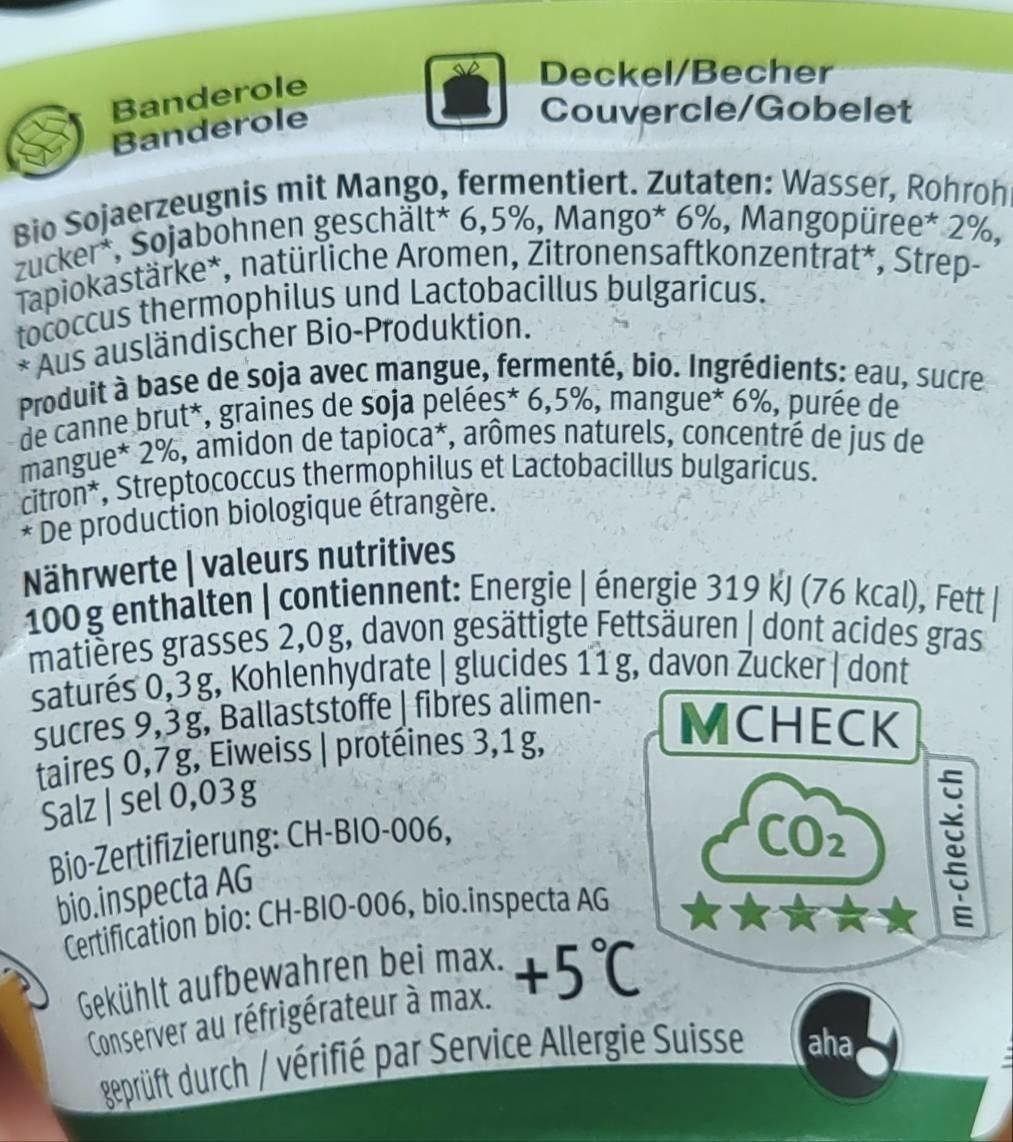
Tapiokastärke*, natürliche Aromen, Zitronensaftkonzentrat*, Strep- zucker*, Sojabohnen geschält* 6,5%, Mango* 6%, Mangopüree* 2%, Produit à base de soja avec mangue, fermenté, bio. Ingrédients: eau, sucre 100g enthalten | contiennent: Energie | énergie 319 kJ (76 kcal), Fett| saturés 0,3g, Kohlenhydrate | glucides 11g, davon Zucker| dont matières grasses 2,0g, davon gesättigte Fettsäuren | dont acides gras
citron*, Streptococcus thermophilus et Lactobacillus bulgaricus.
mangue* 2%, amidon de tapioca*, arômes naturels, concentré de jus de
Banderole Banderole
Deckel/Becher
Couvercle/Gobelet
Aus ausländischer Bio-Produktion.
* De production biologique étrangère. Nährwerte | valeurs nutritives
sucres 9,3g, Ballaststoffe | fibres alimen- taires 0,7g, Eiweiss | protéines 3,1g, Salz | sel 0,03g Bio-Zertifizierung: CH-BIO-006, bio.inspecta AG
MCHECK
CO2
Gekühlt aufbewahren bei max. +5°C. Conserver au réfrigérateur à max. geprüft durch/vérifié par Service Allergie Suisse
aha,
m-check.ch